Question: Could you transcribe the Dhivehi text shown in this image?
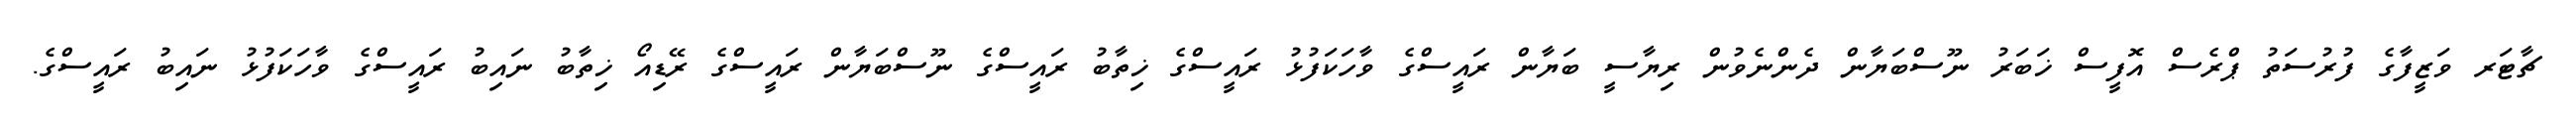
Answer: ޗާޓަރ ވަޒީފާގެ ފުރުސަތު ޕްރެސް އޮފީސް ޚަބަރު ނޫސްބަޔާން ދެންނެވުން ރިޔާސީ ބަޔާން ރައީސްގެ ވާހަކަފުޅު ރައީސްގެ ޚިތާބު ރައީސްގެ ނޫސްބަޔާން ރައީސްގެ ރޭޑިއޯ ޚިތާބު ނައިބު ރައީސްގެ ވާހަކަފުޅު ނައިބު ރައީސްގެ.